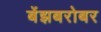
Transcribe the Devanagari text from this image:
बेंझबरोबर